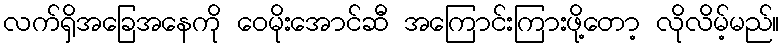
လက်ရှိအခြေအနေကို ဝေမိုးအောင်ဆီ အကြောင်းကြားဖို့တော့ လိုလိမ့်မည်။